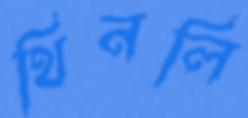
থিনলি